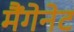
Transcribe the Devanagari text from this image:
मैंगेनेट